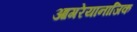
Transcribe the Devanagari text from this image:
आगरेयानाजिक